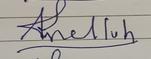
Signature authenticity: forged